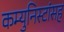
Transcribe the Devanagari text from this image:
कम्युनिस्टांसह